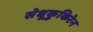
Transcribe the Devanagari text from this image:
सेधूकुकिरेन